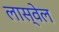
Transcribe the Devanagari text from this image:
लास्वेल